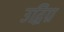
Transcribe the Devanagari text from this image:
उद्विग्र